Investigations into the jail dietaries of the United Provinces with some observations on the influence of dietary on the physical development and well-being of the people of the United Provinces - Number 48
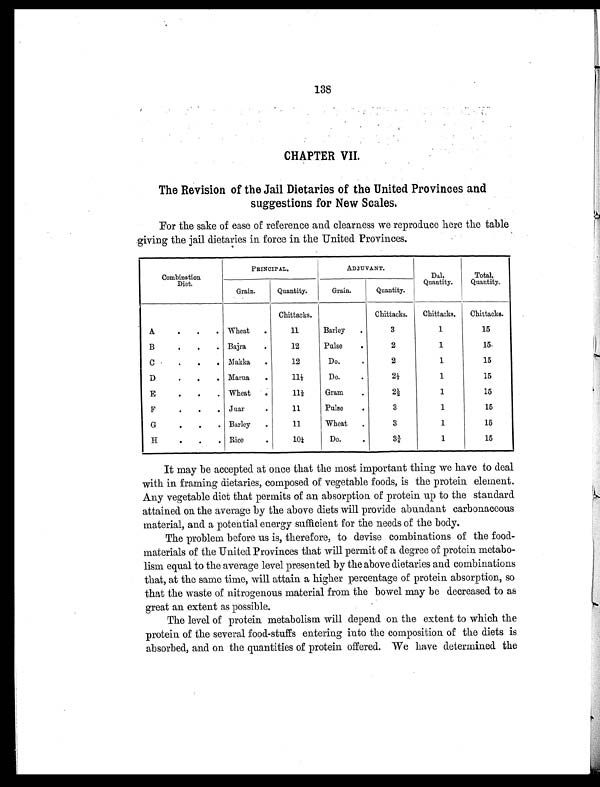
138
CHAPTER VII.
The Revision of the Jail Dietaries of the United Provinces and
suggestions for New Scales.
For the sake of ease of reference and clearness we reproduce here the table
giving the jail dietaries in force in the United Provinces.
Combination
Diet.
PRINCIPAL.
ADJUVANT.
Dal,
Quantity.
Total,
Quantity.
Grain.
Quantity.
Grain.
Quantity.
Chittacks.
Chittacks.
Chittacks.
Chittacks.
A
.
.
.
Wheat
.
11
Barley
.
3
1
15
B
.
.
. Bajra
.
12
Pulse
.
2
1
15
C
.
.
.
Makka
.
12
Do.
.
2
1
15
D
.
.
. Marua
.
11½
Do.
.
2½
1
15
E
.
.
. Wheat
.
1 1 ½
Gram
.
2½
1
15
F
.
.
. Juar
.
11
Pulse
.
3
1
15
G
.
.
. Barley
.
11
Wheat
.
3
1
15
H
.
.
. Rice
.
10¼
Do.
.
3¾
1
15
It may be accepted at once that the most important thing we have to deal
with in framing dietaries, composed of vegetable foods, is the protein element.
Any vegetable diet that permits of an absorption of protein up to the standard
attained on the average by the above diets will provide abundant carbonaceous
material, and a potential energy sufficient for the needs of the body.
The problem before us is, therefore, to devise combinations of the food-
materials of the United Provinces that will permit of a degree of protein metabo-
lism equal to the average level presented by the above dietaries and combinations
that, at the same time, will attain a higher percentage of protein absorption, so
that the waste of nitrogenous material from the bowel may be decreased to as
great an extent as possible.
The level of protein metabolism will depend on the extent to which the
protein of the several food-stuffs entering into the composition of the diets is
absorbed, and on the quantities of protein offered. We have determined the